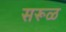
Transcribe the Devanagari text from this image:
सरूळ